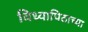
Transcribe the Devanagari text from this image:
विध्यापिठाच्या